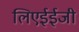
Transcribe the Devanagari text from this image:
लिएईईजी